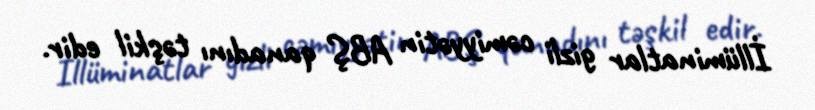
İllüminatlar gizli cəmiyyətin ABŞ qanadını təşkil edir.